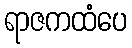
ရာဇကထံပေ